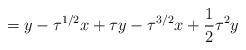
LaTeX: \begin{align*}=y-\tau^{1/2}x+\tau y-\tau^{3/2}x+\frac{1}{2}\tau^{2}y\end{align*}